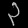
Digit: ၃